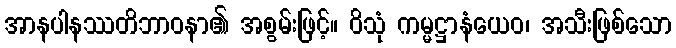
အာနပါနဿတိဘာဝနာ၏ အစွမ်းဖြင့်။ ဝိသုံ ကမ္မဋ္ဌာနံယေဝ၊ အသီးဖြစ်သော